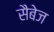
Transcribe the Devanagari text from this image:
सैबेज